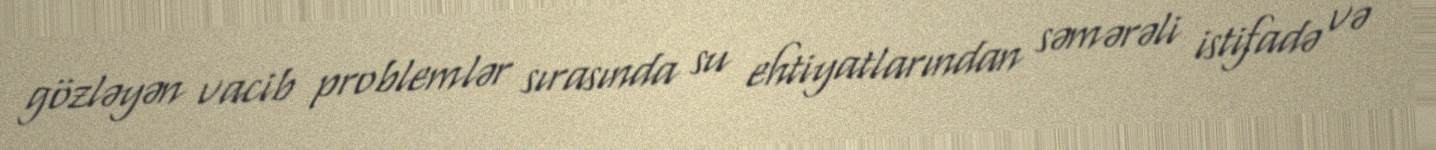
gözləyən vacib problemlər sırasında su ehtiyatlarından səmərəli istifadə və